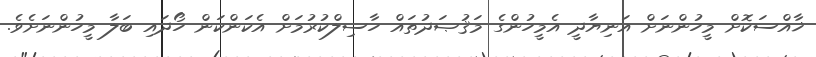
ޚާއްސަކޮށް މީހުންނަށް އަނިޔާދީ އެމީހުންގެ މަޤުޞަދުތައް ހާސިލްކުރުމަށް އެކަންކަން ހޯދައި ބަލާ މީހުންނަށެވެ.